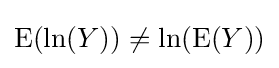
\operatorname {E} (\ln(Y))\neq \ln(\operatorname {E} (Y))